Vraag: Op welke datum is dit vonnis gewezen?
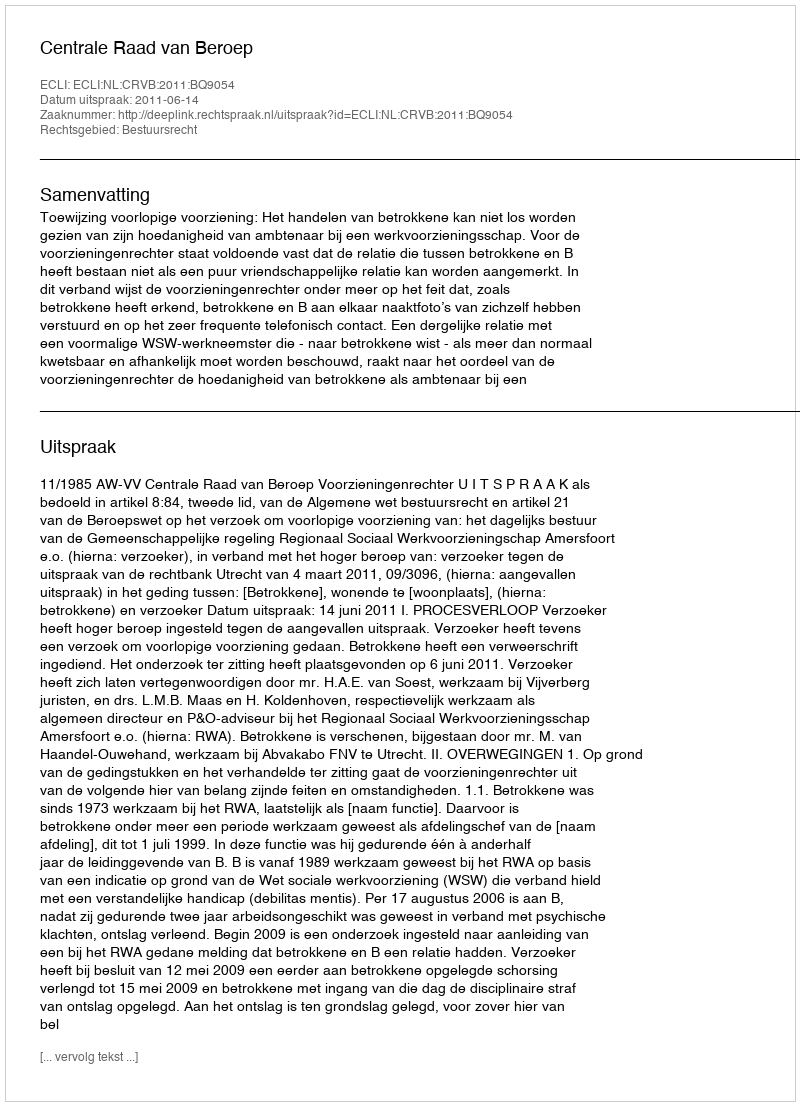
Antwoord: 2011-06-14